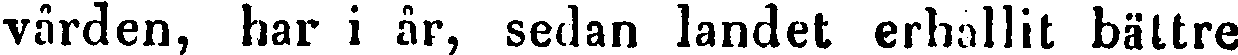
vården, har i år, sedan landet erhållit bättre